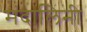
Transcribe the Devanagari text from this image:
मंदालिनी